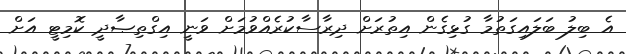
އެ ބިލު ބަލައިގަތުމާ ގުޅިގެން އިތުރަށް ދިރާސާކުރެއްވުމަށް ވަނީ އިގްތިޞާދީ ކޮމިޓީ އަށް